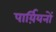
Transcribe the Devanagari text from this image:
पार्य़ियनों